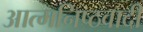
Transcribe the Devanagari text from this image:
आत्मनिष्ठवादी